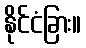
နိုင်ငံခြား။